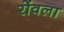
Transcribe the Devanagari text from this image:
रोंवला